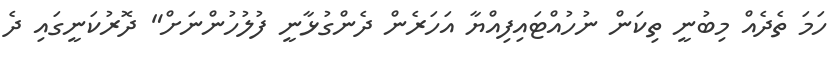
ހަމަ ތެދެއް މިބުނީ ތިކަން ނުހުއްޓައިފިއްޔާ އަހަރެން ދެންގުޅާނީ ފުލުހުންނަށް" ދޮރުކަނީގައި ދެ